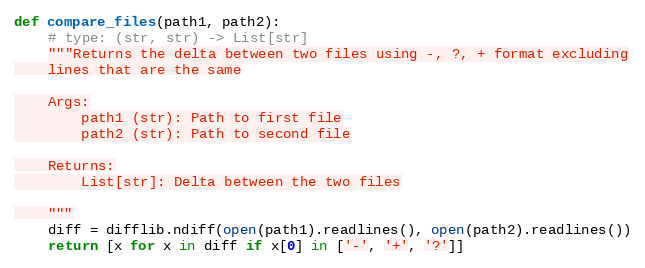
Language: Python
def compare_files(path1, path2):
    # type: (str, str) -> List[str]
    """Returns the delta between two files using -, ?, + format excluding
    lines that are the same

    Args:
        path1 (str): Path to first file
        path2 (str): Path to second file

    Returns:
        List[str]: Delta between the two files

    """
    diff = difflib.ndiff(open(path1).readlines(), open(path2).readlines())
    return [x for x in diff if x[0] in ['-', '+', '?']]